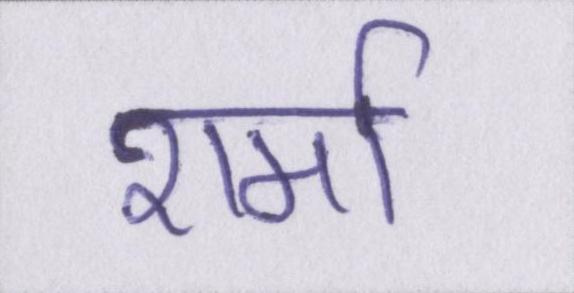
शर्मा